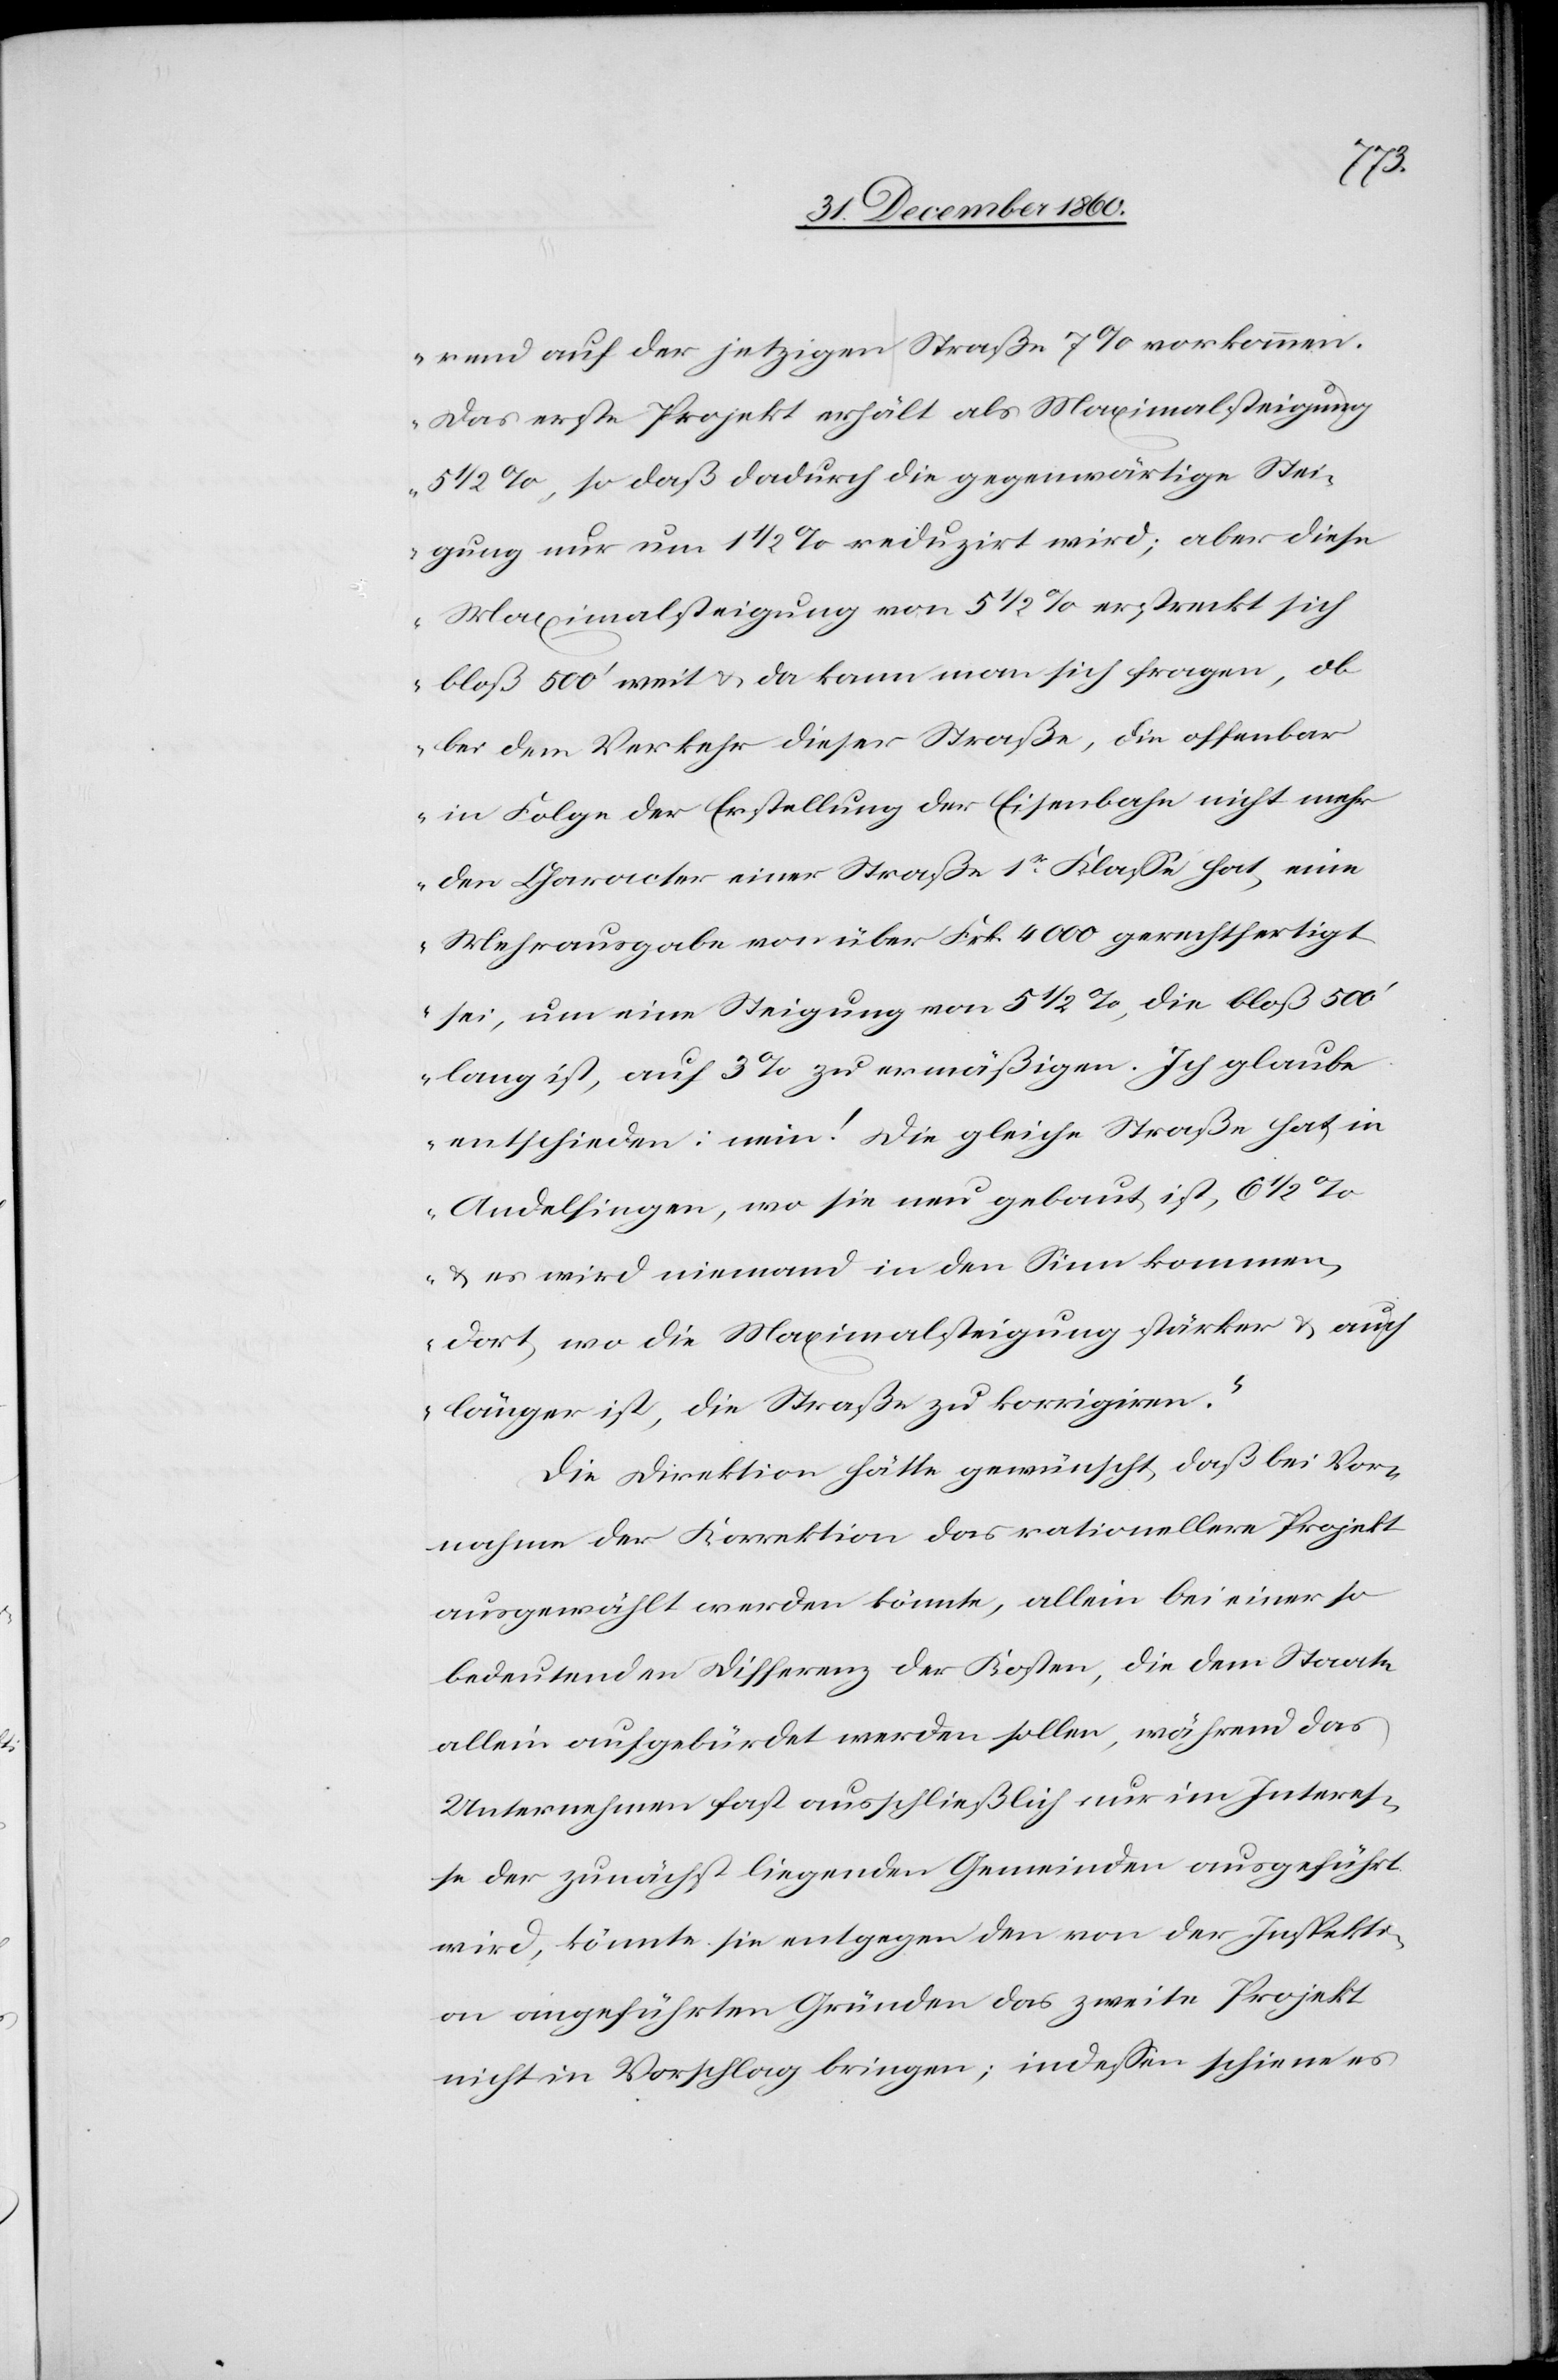
rend auf der jetzigen Straße 7% vorkommen.
Das erste Projekt erhält als Maximalsteigung
5 1/2%, so daß dadurch die gegenwärtige Stei¬
gung nur um 1 1/2% reduzirt wird; aber diese
Maximalsteigung von 5 1/2% erstreckt sich
bloß 500’ weit u. da kann man sich fragen, ob
bei dem Verkehr dieser Straße, die offenbar
in Folge der Erstellung der Eisenbahn nicht mehr
den Character einer Straße 1st Klasse hat, eine
Mehrausgabe von über Frk. 4000 gerechtfertigt
sei, um eine Steigung von 5 1/2%, die bloß 500’
lang ist, auf 3% zu ermäßigen. Ich glaube
entschieden: nein! Die gleiche Straße hat in
Andelfingen, wo sie neu erbaut ist, 6 1/2%
u. es wird niemand in den Sinn kommen,
dort, wo die Maximalsteigung stärker u. auch
länger ist, die Straße zu korrigiren.“
Die Direktion hätte gewünscht, daß bei Vor¬
nahme der Korrektion das rationellere Projekt
ausgewählt werden könnte, allein bei einer so
bedeutenden Differenz der Kosten, die dem Staate
allein aufgebürdet werden sollen, während das
Unternehmen fast ausschließlich nur im Interes¬
se der zunächst liegenden Gemeinden ausgeführt
wird, könnte sie entgegen den von der Inspekti¬
on angeführten Gründen das zweite Projekt
nicht in Vorschlag bringen; indessen schiene es